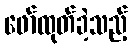
ဖော်ထုတ်ခဲ့သည့်